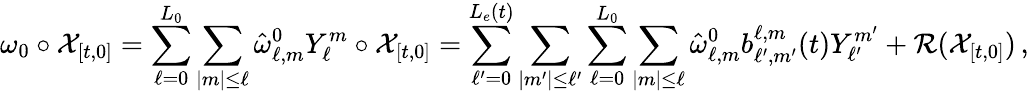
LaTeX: \omega_{0}\circ\mathcal{X}_{[t,0]}=\sum_{\ell=0}^{L_{0}}\sum_{|m|\leq\ell}\hat{\omega}_{\ell,m}^{0}Y_{\ell}^{m}\circ\mathcal{X}_{[t,0]}=\sum_{\ell^{\prime}=0}^{L_{e}(t)}\sum_{|m^{\prime}|\leq\ell^{\prime}}\sum_{\ell=0}^{L_{0}}\sum_{|m|\leq\ell}\hat{\omega}_{\ell,m}^{0}b_{\ell^{\prime},m^{\prime}}^{\ell,m}(t)Y_{\ell^{\prime}}^{m^{\prime}}+\mathcal{R}(\mathcal{X}_{[t,0]})\, ,